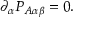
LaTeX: \partial _ { \alpha } P _ { A \alpha \beta } = 0 .